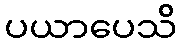
ပယာပေသိ